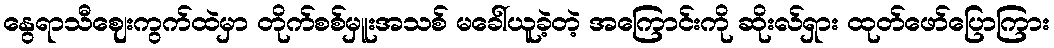
နွေရာသီဈေးကွက်ထဲမှာ တိုက်စစ်မှူးအသစ် မခေါ်ယူခဲ့တဲ့ အကြောင်းကို ဆိုးလ်ရှား ထုတ်ဖော်ပြောကြား